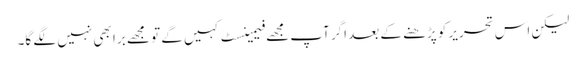
لیکن اس تحریر کو پڑھنے کے بعد اگر آپ مجھے فیمینسٹ کہیں گے تو مجھے برا بھی نہیں لگے گا۔